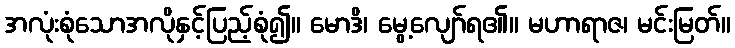
အလုံးစုံသောအလိုနှင့်ပြည့်စုံ၍။ မောဒိ၊ မွေ့လျော်ရ၏။ မဟာရာဇ၊ မင်းမြတ်။